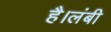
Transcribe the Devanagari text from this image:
है।लंबी